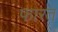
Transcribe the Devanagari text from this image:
फारत